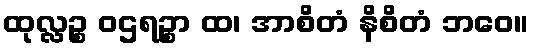
ထုလ္လဉ္စ ဝဌရဉ္စာ ထ၊ အာစိတံ နိစိတံ ဘဝေ။